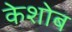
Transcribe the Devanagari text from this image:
केशोब